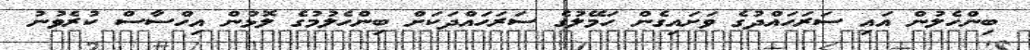
ބިންހެލުން އައި ސަރަހައްދުގެ ވަށައިގެން ހަމޭލުގެ ސަރަހައްދަކަށް ބިންހެލުމުގެ ލޮޅުން އިހްސާސް ކުރެވުނު